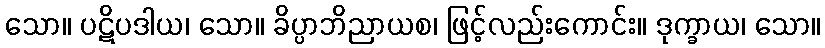
သော။ ပဋိပဒါယ၊ သော။ ခိပ္ပာဘိညာယစ၊ ဖြင့်လည်းကောင်း။ ဒုက္ခာယ၊ သော။